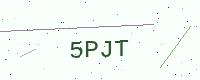
Text: 5PJT